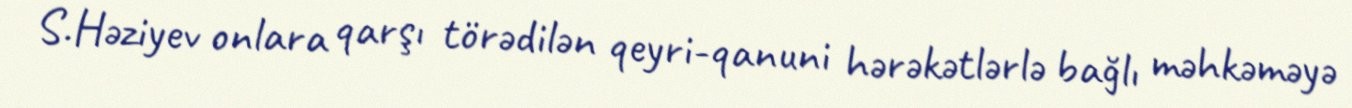
S.Həziyev onlara qarşı törədilən qeyri-qanuni hərəkətlərlə bağlı məhkəməyə